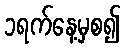
၁ရက်နေ့မှစ၍